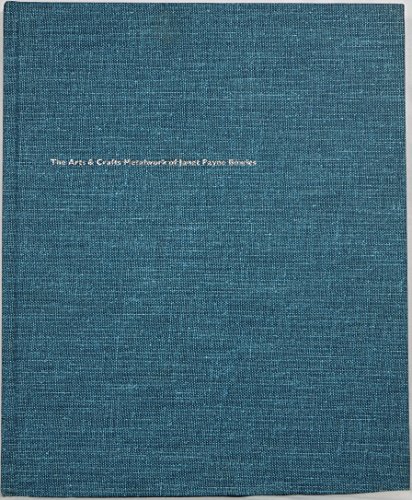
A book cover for The Arts and Crafts Metalwork of Janet Payne Bowles; Barry Shifman; Travel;